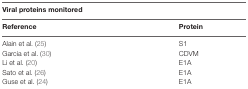
| <COLSPAN=2> Viral proteins monitored |
 | Reference | Protein |
 | --- | --- |
 | Alain et al. (25) | S1 |
 | Garcia et al. (30) | CDVM |
 | Li et al. (20) | E1A |
 | Sato et al. (26) | E1A |
 | Guse et al. (24) | E1A |